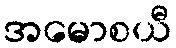
အမောစယီ